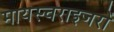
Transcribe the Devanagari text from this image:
मायस्चराइजरों